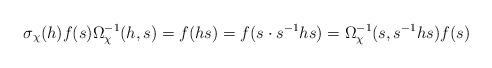
LaTeX: \begin{align*} \sigma_{\chi}(h) f(s) \Omega_{\chi}^{-1}(h,s)=f(hs)=f(s \cdot s^{-1}hs)= \Omega_{\chi}^{-1}(s, s^{-1}hs) f(s) \end{align*}